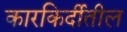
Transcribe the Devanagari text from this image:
कारकिर्दीतील